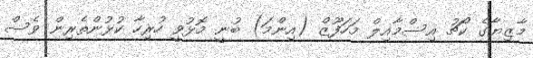
މާޒިޔާގެ ކޯޗު އިސްމާއިލް މަހަފޫޒް (އިންމަ) ބުނީ މޮޅުވީ ހުރިހާ ކުޅުންތެރިން ވެސް